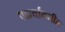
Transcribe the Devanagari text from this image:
पदार्थामधील